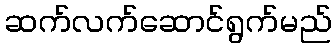
ဆက်လက်ဆောင်ရွက်မည်